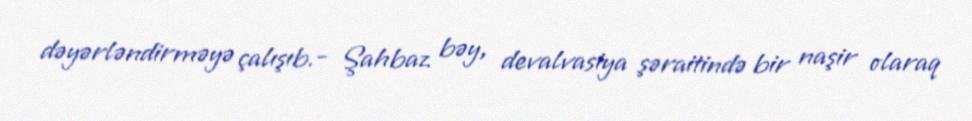
dəyərləndirməyə çalışıb.- Şahbaz bəy, devalvasiya şəraitində bir naşir olaraq